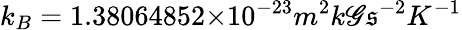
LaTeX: k_{B}=1.38064852×10^{-23}m^{2}k\mathscr{G}\mathfrak{s}^{-2}K^{-1}